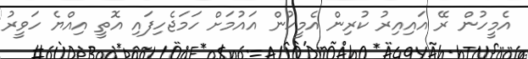
އެމީހުން ރޭ އައިއިރު ކުރިން އެމީހުން އައުމަށް ހަމަޖެހިފައި އޮތީ އިއްޔެ ހަވީރު